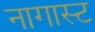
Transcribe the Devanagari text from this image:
नागास्ट